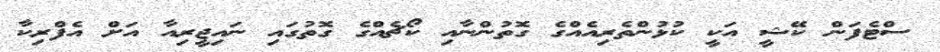
ސްޓެފަން ކޭޝީ އަކީ ކުޅުންތެރިއެއްގެ ގޮތުންނާއި ކޯޗެއްގެ ގޮތުގައި ނައިޖީރިއާ އަށް އެފްރިކާ